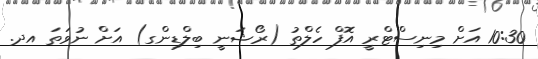
10:30 އަށް މިނިސްޓްރީ އޮފް ހެލްތު (ރޯޝަނީ ބިލްޑިންގ) އަށް ނުވަތަ އދ.